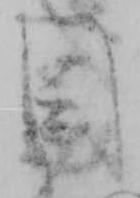
目